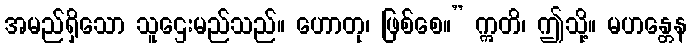
အမည်ရှိသော သူဌေးမည်သည်။ ဟောတု၊ ဖြစ်စေ။” ဣတိ၊ ဤသို့။ မဟန္တေန